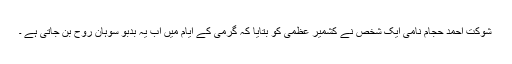
شوکت احمد حجام نامی ایک شخص نے کشمیر عظمیٰ کو بتایا کہ گرمی کے ایام میں اب یہ بدبو سوہان روح بن جاتی ہے ۔